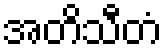
အတိသီတံ